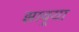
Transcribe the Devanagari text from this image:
झावर्‍या